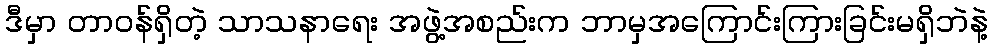
ဒီမှာ တာဝန်ရှိတဲ့ သာသနာရေး အဖွဲ့အစည်းက ဘာမှအကြောင်းကြားခြင်းမရှိဘဲနဲ့